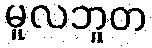
မူလဘူတ